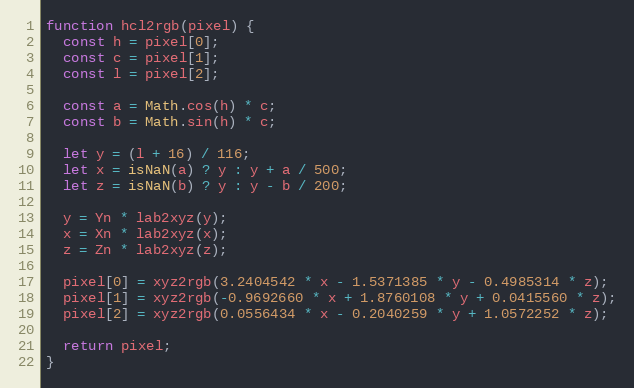
Language: JavaScript
function hcl2rgb(pixel) {
  const h = pixel[0];
  const c = pixel[1];
  const l = pixel[2];

  const a = Math.cos(h) * c;
  const b = Math.sin(h) * c;

  let y = (l + 16) / 116;
  let x = isNaN(a) ? y : y + a / 500;
  let z = isNaN(b) ? y : y - b / 200;

  y = Yn * lab2xyz(y);
  x = Xn * lab2xyz(x);
  z = Zn * lab2xyz(z);

  pixel[0] = xyz2rgb(3.2404542 * x - 1.5371385 * y - 0.4985314 * z);
  pixel[1] = xyz2rgb(-0.9692660 * x + 1.8760108 * y + 0.0415560 * z);
  pixel[2] = xyz2rgb(0.0556434 * x - 0.2040259 * y + 1.0572252 * z);

  return pixel;
}